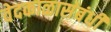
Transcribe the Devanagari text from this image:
वेदकाळासंबंधी